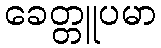
ခေတ္တူပမာ